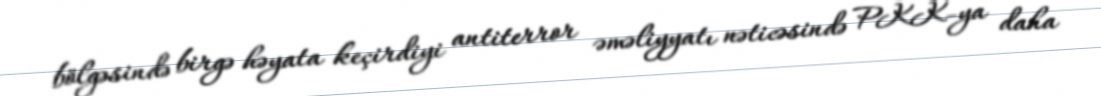
bölgəsində birgə həyata keçirdiyi antiterror əməliyyatı nəticəsində PKK-ya daha